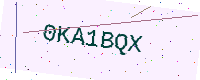
Text: 0KA1BQX